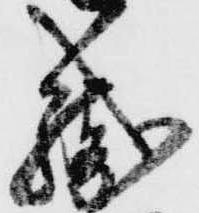
織